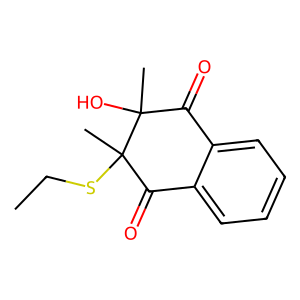
SMILES: CCSC1(C)C(=O)c2ccccc2C(=O)C1(C)O
Inhibits HIV replication: No